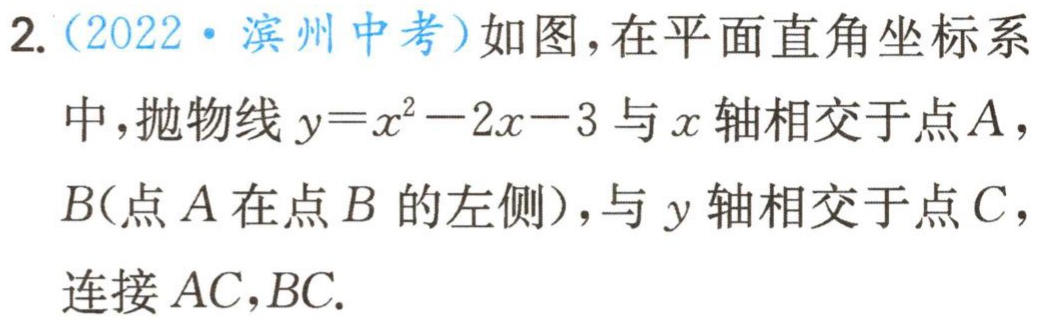
2.（2022·滨州中考）如图，在平面直角坐标系中，抛物线\(y = x^{2}-2x - 3\)与\(x\)轴相交于点\(A\)，\(B\)（点\(A\)在点\(B\)的左侧），与\(y\)轴相交于点\(C\)，连接\(AC,BC\).